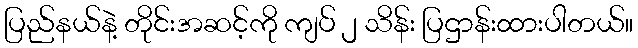
ပြည်နယ်နဲ့ တိုင်းအဆင့်ကို ကျပ် ၂ သိန်း ပြဌာန်းထားပါတယ်။